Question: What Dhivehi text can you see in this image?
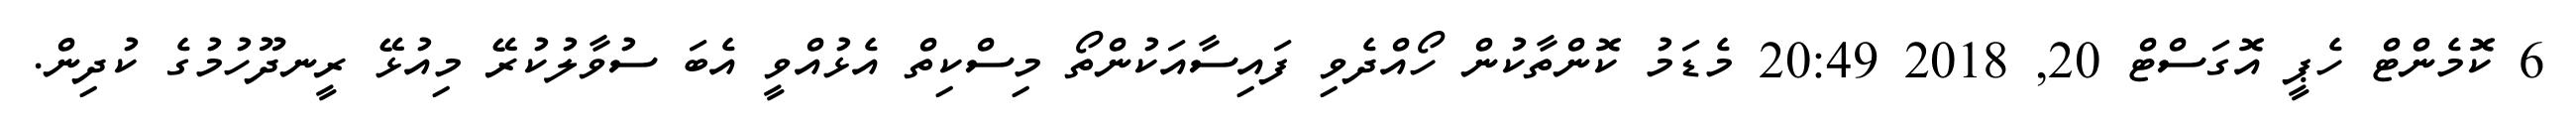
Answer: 6 ކޮމެންޓް ހެޕީ އޮގަސްޓް 20, 2018 20:49 މެޑަމު ކޮންތާކުން ހޯއްދެވި ފައިސާއަކުންތޯ މިސްކިތް އެޅުއްވީ އެބަ ސުވާލުކުރޭ މިއުޅޭ ރީނދޫހުމުގެ ކުދިން.